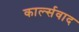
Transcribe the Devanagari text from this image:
कार्ल्सवाद